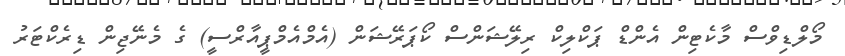
މޯލްޑިވްސް މާކެޓިން އެންޑް ޕަކްލިކް ރިލޭޝަންސް ކޯޕަރޭޝަން (އެމްއެމްޕީއާރްސީ) ގެ މެނޭޖިން ޑިރެކްޓަރު